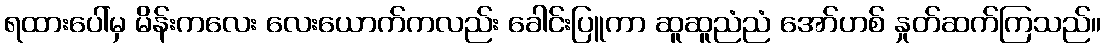
ရထားပေါ်မှ မိန်းကလေး လေးယောက်ကလည်း ခေါင်းပြူကာ ဆူဆူညံညံ အော်ဟစ် နှုတ်ဆက်ကြသည်။